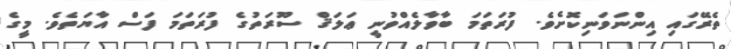
ތެރޭގައި އިންނަވަނިކޮށެވެ. ފުރަތަމަ ބާވާލެއްވުނީ ޢަލަޤް ސޫރަތުގެ ފުރަތަމަ ފަސް އާޔަތެވެ. މީގެ